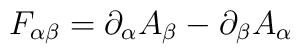
F_{\alpha \beta} =\partial_\alpha A_\beta -\partial_\beta A_\alpha